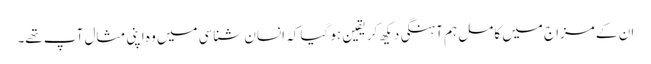
ان کے مزاج میں کامل ہم آہنگی دیکھ کر یقین ہو گیا کہ انسان شناسی میں وہ اپنی مثال آپ تھے۔